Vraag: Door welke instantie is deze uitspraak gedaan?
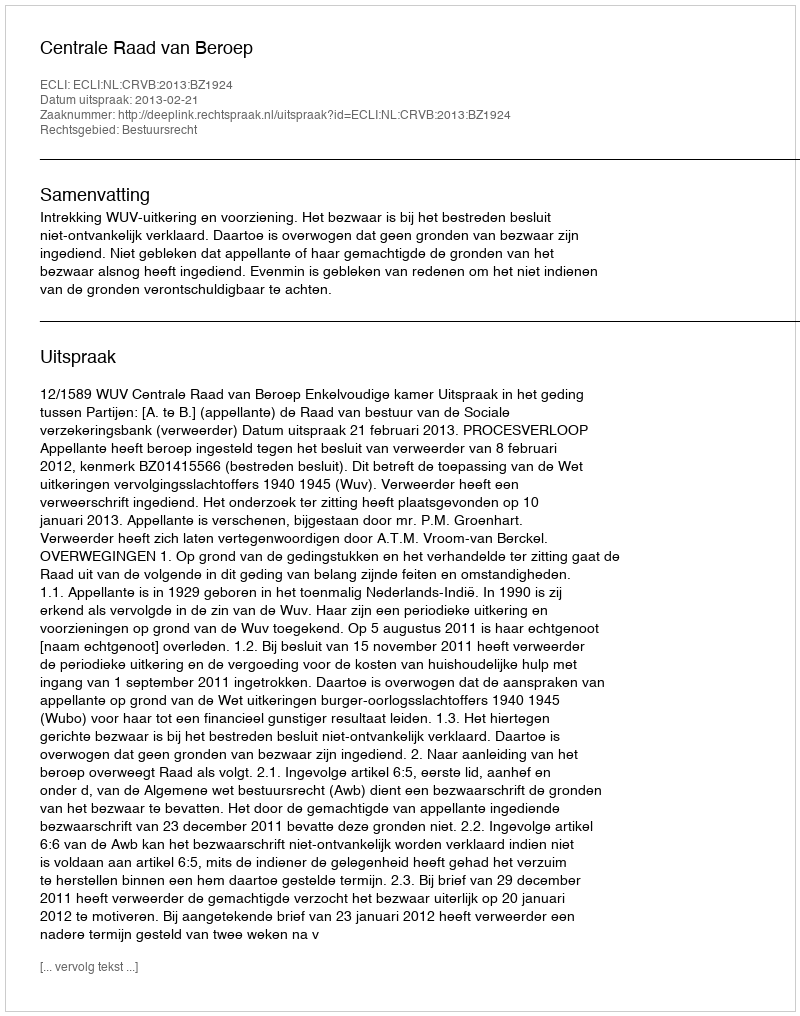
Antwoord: Centrale Raad van Beroep